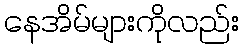
နေအိမ်များကိုလည်း